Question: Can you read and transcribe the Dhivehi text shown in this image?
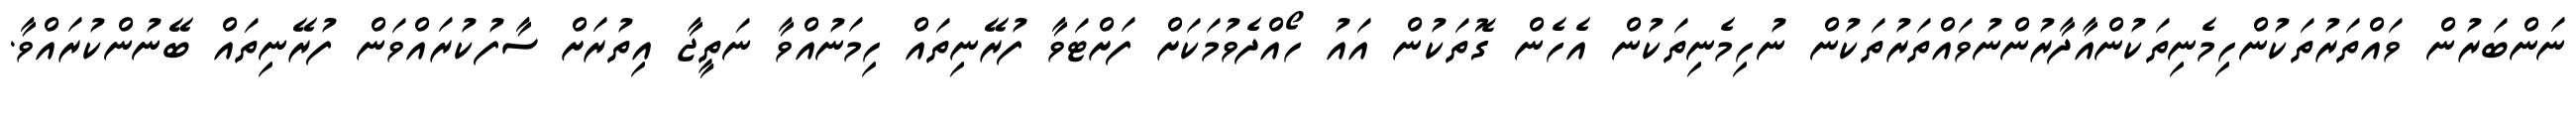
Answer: ނަންބަރުން ވައްތަރުތަކުންހިމެނިތަކުންއާދާރުންނުވައްތަރުތަކުން ނުހިމެނިތަކުން އެހެން ގޮތަކުން އައު ހޯއްދެވުމަކަށް ފަށްޓަވާ ފުރޭނިތައް ހިމަނުއްވާ ނަތީޖާ އިތުރަށް ސާފުކުރައްވަން ފުރޭނިތައް ބޭނުންކުރައްވާ.